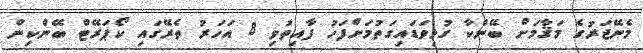
މެނޭޖަރުގެ މަޤާމަށް ބޭންކާ ގުޅިވަޑައިގަތުމަށްފަހު ފާއިތުވި 8 އަހަރު ތެރޭގައި ކޯޕަރޭޓް ބޭންކިން